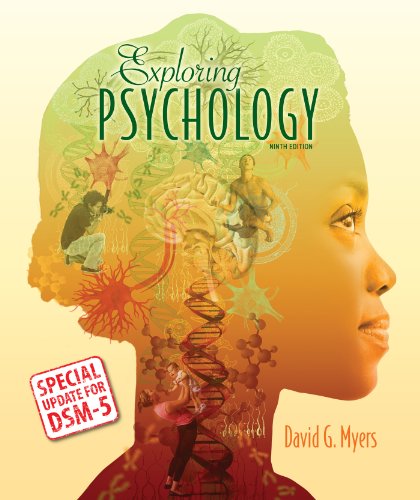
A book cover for Exploring Psychology with Updates on DSM-5; David G. Myers; Medical Books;